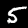
Digit: 5